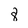
Character: 8